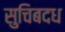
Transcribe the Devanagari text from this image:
सुचिबदध